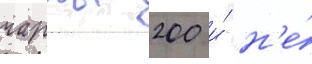
чарты 200 и́ н'е́